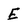
Character: E